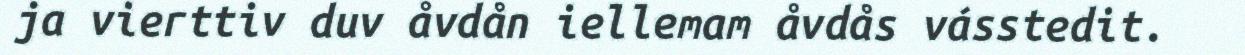
ja vierttiv duv åvdån iellemam åvdås vásstedit.